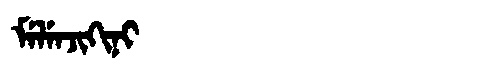
Manchu: ᠮᡝᠯᡝᠨᠵᡳᡴᡳᠨᡳ
Romanization: MELENJIKINI